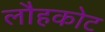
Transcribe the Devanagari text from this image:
लौहकोट